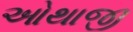
ઓથાજી